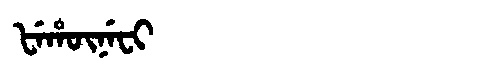
Manchu: ᡶᡝᡥᡡᠨᡝᠸᡳ
Romanization: FEHŪNEFI